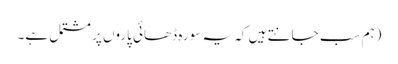
(ہم سب جانتے ہیں کہ یہ سورہ ڈھائی پاروں پر مشتمل ہے۔